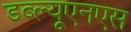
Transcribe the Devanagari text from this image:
डब्ल्यूएनएस